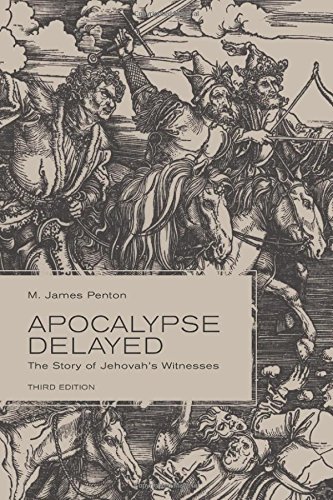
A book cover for Apocalypse Delayed: The Story of Jehovah's Witnesses, Third Edition; M. James Penton; Christian Books & Bibles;